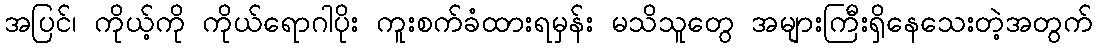
အပြင်၊ ကိုယ့်ကို ကိုယ်ရောဂါပိုး ကူးစက်ခံထားရမှန်း မသိသူတွေ အများကြီးရှိနေသေးတဲ့အတွက်